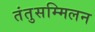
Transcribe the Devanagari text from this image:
तंतुसम्मिलन